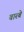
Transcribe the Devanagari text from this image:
बारबे